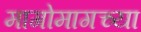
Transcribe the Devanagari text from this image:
मागोमागच्या